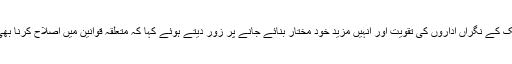
حزب اللہ کے سیکریٹری جنرل نے ملک کے نگراں اداروں کی تقویت اور انہیں مزید خود مختار بنائے جانے پر زور دیتے ہوئے کہا کہ متعلقہ قوانین میں اصلاح کرنا بھی ہمارے انتخابی منشور میں شامل ہے۔